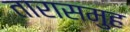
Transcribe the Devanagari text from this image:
तारासमुह